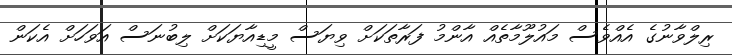
ރިލްވާނުގެ އެއްވެސް މައުލޫމާތެއް އާންމު ފަރާތަކަށް ވިޔަސް މީޑިއާޔަކަށް ލިބުނަސް އަވަހަށް އެކަން